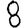
Digit: 8